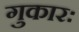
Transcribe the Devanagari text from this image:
गुकारः